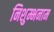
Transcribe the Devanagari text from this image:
निशुम्भनाम